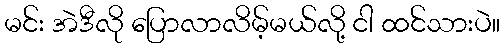
မင်း အဲဒီလို ပြောလာလိမ့်မယ်လို့ ငါ ထင်သားပဲ။